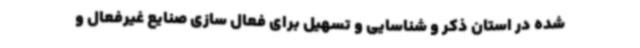
شده در استان ذکر و شناسایی و تسهیل برای فعال سازی صنایع غیرفعال و